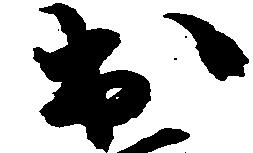
出